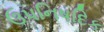
ઉપનિષદિક